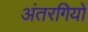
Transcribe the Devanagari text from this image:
अंतरगियों